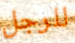
للرجل